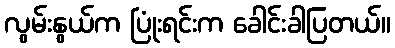
လွမ်းနွယ်က ပြုံးရင်းက ခေါင်းခါပြတယ်။